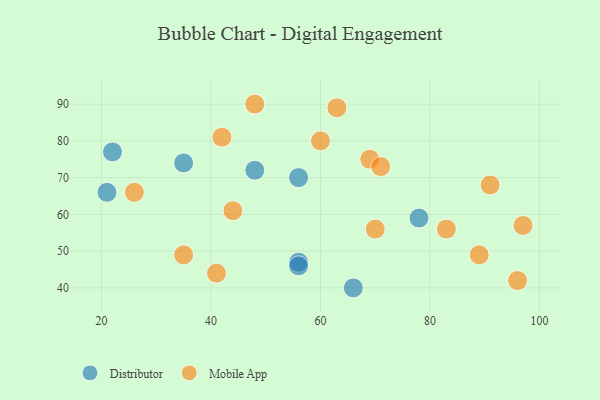
{"axis": {"x": "GDP", "y": "Life Expectancy"}, "legend": ["Distributor", "Mobile App"], "data": [{"x": "21", "y": 66, "type": "Distributor"}, {"x": "56", "y": 47, "type": "Distributor"}, {"x": "35", "y": 74, "type": "Distributor"}, {"x": "66", "y": 40, "type": "Distributor"}, {"x": "22", "y": 77, "type": "Distributor"}, {"x": "78", "y": 59, "type": "Distributor"}, {"x": "56", "y": 70, "type": "Distributor"}, {"x": "56", "y": 46, "type": "Distributor"}, {"x": "48", "y": 72, "type": "Distributor"}, {"x": "26", "y": 66, "type": "Mobile App"}, {"x": "91", "y": 68, "type": "Mobile App"}, {"x": "41", "y": 44, "type": "Mobile App"}, {"x": "89", "y": 49, "type": "Mobile App"}, {"x": "42", "y": 81, "type": "Mobile App"}, {"x": "48", "y": 90, "type": "Mobile App"}, {"x": "97", "y": 57, "type": "Mobile App"}, {"x": "83", "y": 56, "type": "Mobile App"}, {"x": "35", "y": 49, "type": "Mobile App"}, {"x": "60", "y": 80, "type": "Mobile App"}, {"x": "70", "y": 56, "type": "Mobile App"}, {"x": "63", "y": 89, "type": "Mobile App"}, {"x": "44", "y": 61, "type": "Mobile App"}, {"x": "69", "y": 75, "type": "Mobile App"}, {"x": "71", "y": 73, "type": "Mobile App"}, {"x": "96", "y": 42, "type": "Mobile App"}]}